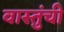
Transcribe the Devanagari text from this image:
वास्तुंची